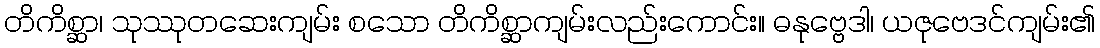
တိကိစ္ဆာ၊ သုဿုတဆေးကျမ်း စသော တိကိစ္ဆာကျမ်းလည်းကောင်း။ ဓနုဗ္ဗေဒါ၊ ယဇုဗေဒင်ကျမ်း၏